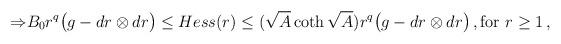
LaTeX: \begin{align*}\begin{aligned}\Rightarrow& B_0r^q\big (g-dr\otimes dr\big )\leq Hess(r)\leq (\sqrt{A}\coth \sqrt{A})r^q\big (g-dr\otimes dr\big )\, ,\operatorname{for}\, r\geq 1\, , \end{aligned} \end{align*}